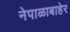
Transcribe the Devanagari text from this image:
नेपाळाबाहेर